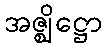
အဇ္ဈိဋ္ဌော